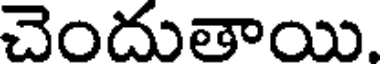
చెందుతాయి.